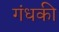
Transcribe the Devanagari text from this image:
गंधकी